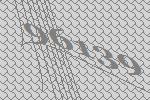
96139